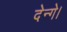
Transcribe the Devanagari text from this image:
देन्गे।